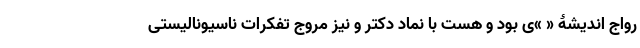
رواج اندیشۀ « »ی بود و هست با نماد دکتر و نیز مروج تفکرات ناسیونالیستی